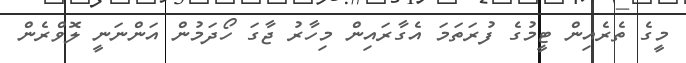
މީގެ ތެރެއިން ޓީމުގެ ފުރަތަމަ އެގާރައިން މިހާރު ޖާގަ ހޯދަމުން އަންނަނީ ލޮވްރެން